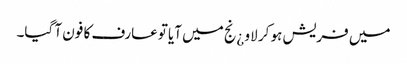
میں فریش ہو کر لاو ¿نج میں آیا توعارف کا فون آ گیا۔